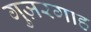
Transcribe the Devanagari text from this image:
गुज़रगाह